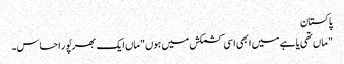
پاکستان
" ماں تھی یا ہے میں ابھی اسی کشمکش میں ہوں"ماں ایک بھرپُور احساس۔